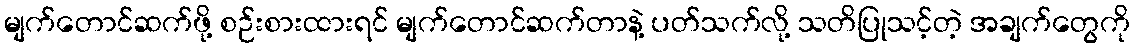
မျက်တောင်ဆက်ဖို့ စဉ်းစားထားရင် မျက်တောင်ဆက်တာနဲ့ ပတ်သက်လို့ သတိပြုသင့်တဲ့ အချက်တွေကို